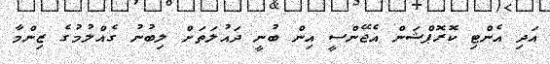
އަދި އެންޓި ކޮރޮޕްޝަން އެޖޭންސީ އިން ބުނީ ދައުލަތަށް ލިބުނު ގެއްލުމުގެ ޒިންމާ